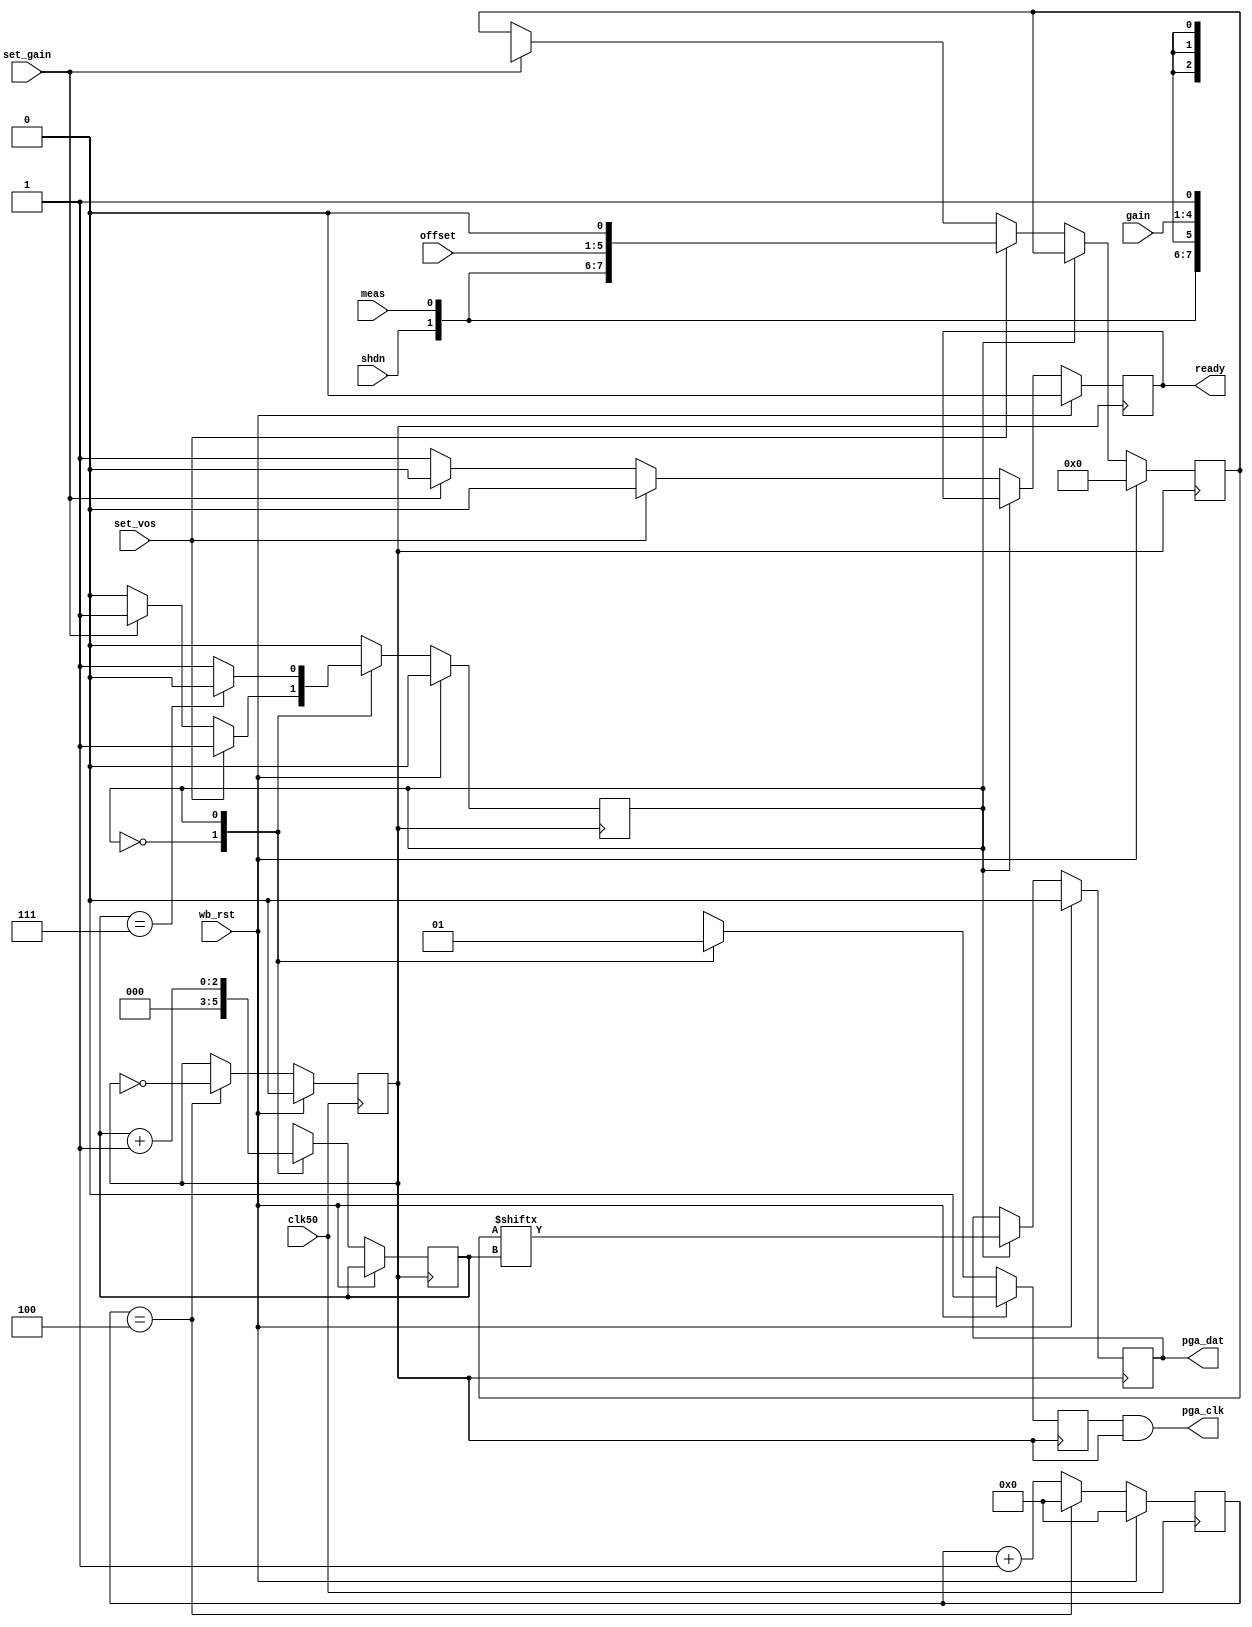
module pga_control(
  
    clk50,
    wb_rst,
    
    set_vos,
    set_gain,
    
    offset,
    gain,
	shdn,
	meas,
    
    ready,
    
    pga_dat,
    pga_clk
  
);

/* I/O Definitions */

input 			clk50;			// 50MHz clock input
input 			wb_rst;

input 			set_vos;        // Set Vos of a PGA
input 			set_gain;       // Set gain of a PGA

input 	[4:0] 	offset;     	// 5 bit offset value
input 	[3:0] 	gain;       	// 4 bit gain value
input			shdn;			// Shutdown mode bit (active high)
input			meas;			// Measure mode bit (active high)

output 			ready;    // Signals to parent module that transaction has completed

// Hardware pins
output 			pga_dat;
output 			pga_clk;

/* Internal Registers op_completeand Wires */

reg 			state;
reg 	[3:0]	clk_accumulator;   // For generating the pga clk

reg 			pga_dat_o;
reg 			pga_clk_o;

reg				ready_o;

reg		[2:0]	bitindex;
reg		[7:0]	packet;

reg				pga_clk_en;			// Clock gating for PGA

assign pga_clk = ( pga_clk_en && pga_clk_o );
assign state_clk = pga_clk_o;
assign pga_dat = pga_dat_o;
assign ready = ready_o;

/* State Definitions */

localparam STATE_IDLE 				= 	1'b0;
localparam STATE_SEND_PACKET	 	=	1'b1;

/* PGA clock generation */

always@(posedge clk50) begin
	
	if(wb_rst) begin
		
		clk_accumulator <= 5'b0;
		pga_clk_o <= 1'b0;
		
	end else begin

		clk_accumulator <= clk_accumulator + 1'b1;
	
		if(clk_accumulator == 4'd4) begin
			
			pga_clk_o <= ~pga_clk_o;	

			clk_accumulator <= 4'b0;
			
		end
	end

end

/* State Machine */

always@(negedge state_clk) begin
  
  if(wb_rst) begin
    
	state <= 1'b0;
		
	pga_dat_o <= 1'b0;
	
	ready_o <= 1'b0;
	pga_clk_en <= 1'b0;			// Initially disable the clock
	packet <= 8'b0;
	
  end else begin
    
    case(state)
      
		STATE_IDLE: begin
			
			bitindex <= 3'b0;
			ready_o <= 1'b1;
			pga_clk_en <= 1'b0;
		
			if(set_vos) begin
				
				packet <= {shdn, meas, offset[4:0], 1'b0};
				ready_o <= 1'b0;
				state <= STATE_SEND_PACKET;
			
			end
			
			else if(set_gain) begin
				
				packet <= {shdn, meas, 1'bx, gain[3:0], 1'b1};
				ready_o <= 1'b0;
				state <= STATE_SEND_PACKET;
			
			end

		end
		
		STATE_SEND_PACKET: begin
			
			pga_clk_en <= 1'b1;
			pga_dat_o <= packet[bitindex];
			bitindex <= bitindex + 1;
			
			if(bitindex == 3'b111) begin
				
				state <= STATE_IDLE;
				
			end

		end
		
	endcase
    
  end
  
end

endmodule